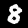
Label: 8